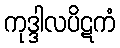
ကုဒ္ဒါလပိဋကံ